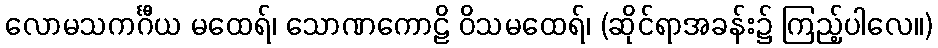
လောမသကင်္ဂီယ မထေရ်၊ သောဏကောဠိ ဝိသမထေရ်၊ (ဆိုင်ရာအခန်း၌ ကြည့်ပါလေ။)